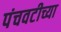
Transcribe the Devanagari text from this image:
पंचवटीच्या